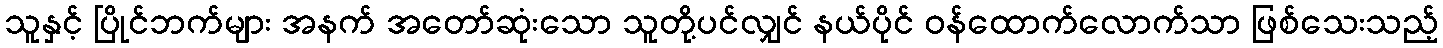
သူနှင့် ပြိုင်ဘက်များ အနက် အတော်ဆုံးသော သူတို့ပင်လျှင် နယ်ပိုင် ဝန်ထောက်လောက်သာ ဖြစ်သေးသည့်